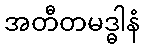
အတီတမဒ္ဓါနံ